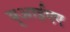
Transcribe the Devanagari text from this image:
यूआईएए